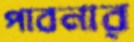
পাবনার